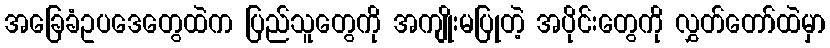
အခြေခံဥပဒေတွေထဲက ပြည်သူတွေကို အကျိုးမပြုတဲ့ အပိုင်းတွေကို လွှတ်တော်ထဲမှာ